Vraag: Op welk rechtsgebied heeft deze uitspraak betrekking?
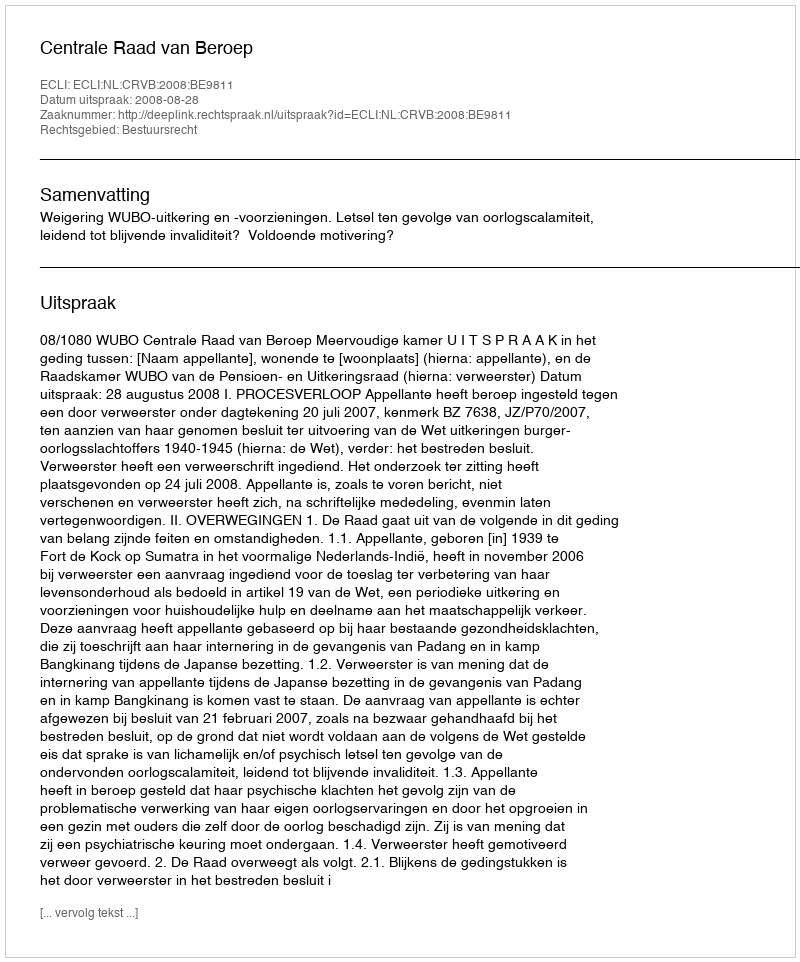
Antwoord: Bestuursrecht